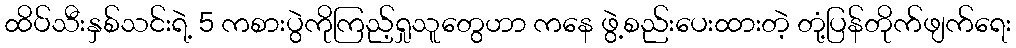
ထိပ်သီးနှစ်သင်းရဲ့ 5 ကစားပွဲကိုကြည့်ရှုသူတွေဟာ ကနေ ဖွဲ့စည်းပေးထားတဲ့ တုံ့ပြန်တိုက်ဖျက်ရေး